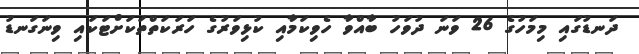
ދަނޑުގައި މިމަހުގެ 26 ވަނަ ދުވަހު ބާއްވާ ހެވިކަމާއި ކުޅިވަރުގެ ހަރަކަތްތަކަށްޓަކައި ވިނަގަނޑު